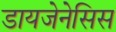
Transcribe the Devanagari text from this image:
डायजेनेसिस